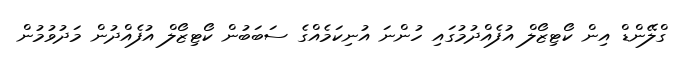
ގްލޭންޑް އިން ކޯޓިޒޯލް އުފެއްދުމުގައި ހުންނަ އުނިކަމެއްގެ ސަބަބުން ކޯޓިޒޯލް އުފެއްދުން މަދުވުމުން